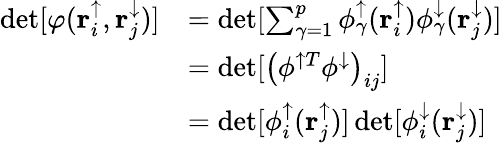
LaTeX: \begin{array}{rl}{\operatorname*{det}[\varphi(\mathbf{r}_{i}^{\uparrow},\mathbf{r}_{j}^{\downarrow})]}&{=\operatorname*{det}[\sum_{\gamma=1}^{p}\phi_{\gamma}^{\uparrow}(\mathbf{r}_{i}^{\uparrow})\phi_{\gamma}^{\downarrow}(\mathbf{r}_{j}^{\downarrow})]}\\ &{=\operatorname*{det}[\left(\phi^{\uparrow T}\phi^{\downarrow}\right)_{ij}]}\\ &{=\operatorname*{det}[\phi_{i}^{\uparrow}(\mathbf{r}_{j}^{\uparrow})]\operatorname*{det}[\phi_{i}^{\downarrow}(\mathbf{r}_{j}^{\downarrow})]}\end{array}